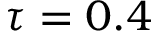
\tau = 0 . 4